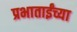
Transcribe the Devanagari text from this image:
प्रभाताईंच्या